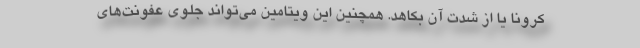
کرونا یا از شدت آن بکاهد. همچنین این ویتامین می‌تواند جلوی عفونت‌های